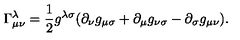
\Gamma _ { \mu \nu } ^ { \lambda } = \frac { 1 } { 2 } g ^ { \lambda \sigma } ( \partial _ { \nu } g _ { \mu \sigma } + \partial _ { \mu } g _ { \nu \sigma } - \partial _ { \sigma } g _ { \mu \nu } ) .